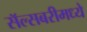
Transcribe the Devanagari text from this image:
सॅल्सबरीमध्ये